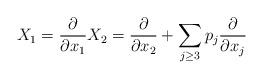
LaTeX: \begin{align*}X_1 = \frac{\partial}{\partial{x_1}} X_2 = \frac{\partial}{\partial{x_2}} + \sum_{j\geq 3}p_{j} \frac{\partial}{\partial{x_j}}\end{align*}